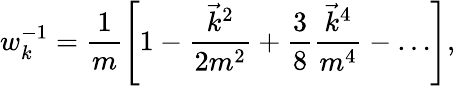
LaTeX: w_{k}^{-1}=\frac 1m\left[1-\frac{\vec{k}^{2}}{2m^{2}}+\frac 38\frac{\vec{k}^{4}}{m^{4}}-\ldots\right],